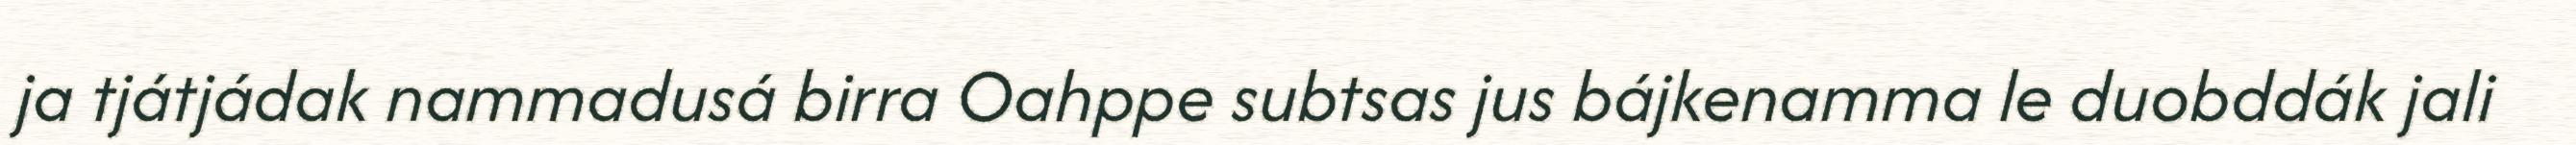
ja tjátjádak nammadusá birra Oahppe subtsas jus bájkenamma le duobddák jali